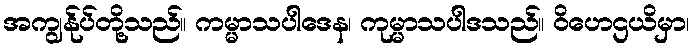
အကျွန်ုပ်တို့သည်။ ကမ္မာသပါဒေန၊ ကုမ္မာသပါဒသည်။ ဝိဟေဌယိမှာ၊